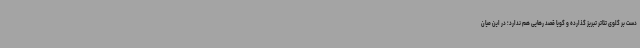
دست بر گلوی تئاتر تبریز گذارده و گویا قصد رهایی هم ندارد؛ در این میان